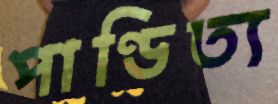
পাণ্ডিত্য